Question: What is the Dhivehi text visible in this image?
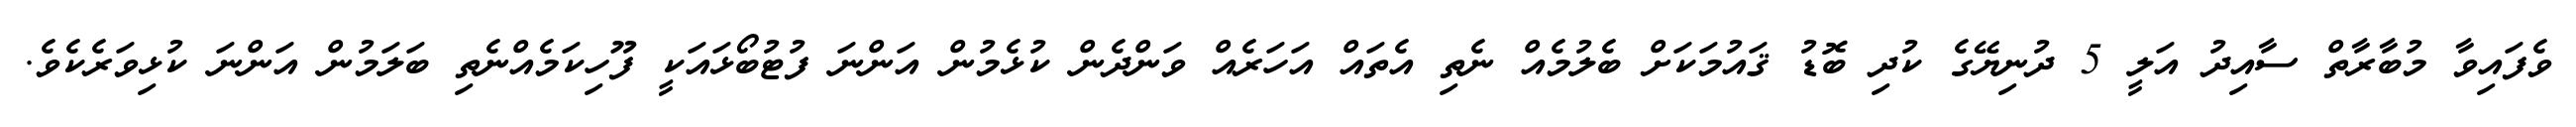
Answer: ވެފައިވާ މުބާރާތް ސާއިދު އަލީ 5 ދުނިޔޭގެ ކުދި ބޮޑު ޤައުމަކަށް ބެލުމެއް ނެތި އެތައް އަހަރެއް ވަންދެން ކުޅެމުން އަންނަ ފުޓުބޯޅައަކީ ފޫހިކަމެއްނެތި ބަލަމުން އަންނަ ކުޅިވަރެކެވެ.